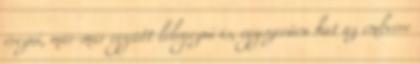
érezni, már-már együtt lélegezni is, egyszerűen hat az emberre